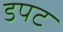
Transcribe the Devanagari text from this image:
डपट